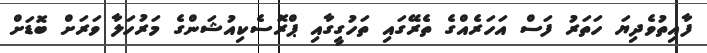
ފާއިތުވެދިޔަ ހަތަރު ފަސް އަހަރެއްގެ ތެރޭގައި ތަހުގީގާއި ޕްރޮސެކިއުޝަންގެ މަރުހަލާ ވަރަށް ބޮޑަށް